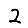
Digit: 2